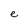
Character: e